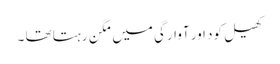
کھیل کود اور آوارگی میں مگن رہتا تھا ۔